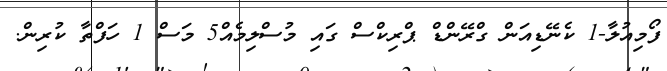
ފޯމިއުލާ-1 ކެނޭޑިއަން ގްރޭންޑް ޕްރިކްސް ގައި މުސްލިމެއް5 މަސް 1 ހަފްތާ ކުރިން.